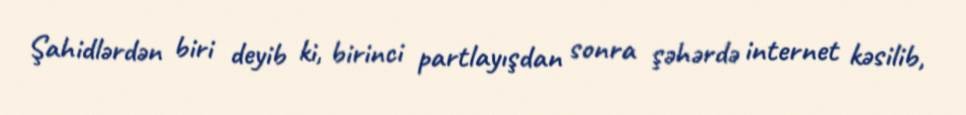
Şahidlərdən biri deyib ki, birinci partlayışdan sonra şəhərdə internet kəsilib,